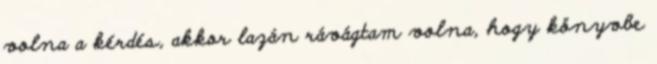
volna a kérdés, akkor lazán rávágtam volna, hogy könyvbe